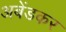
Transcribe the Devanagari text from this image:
अबेंडकर